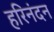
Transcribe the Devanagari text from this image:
हरिनंदन